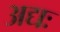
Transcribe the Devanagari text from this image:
अद्यः